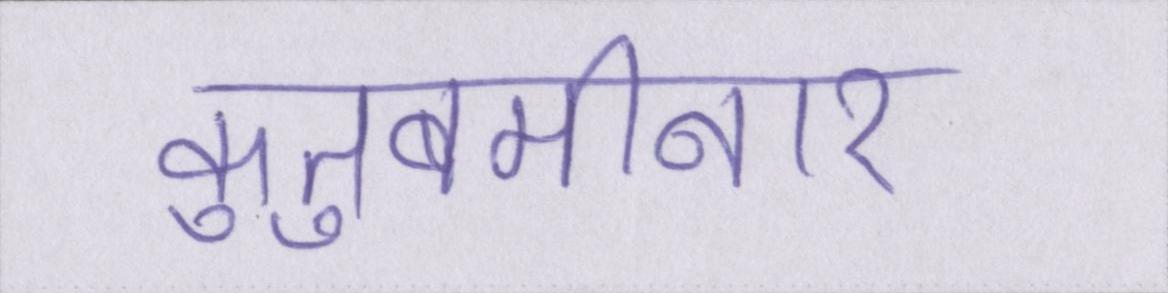
कुतुबमीनार